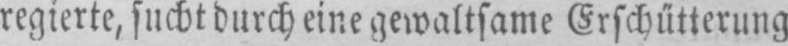
regierte, sucht durch eine gewaltsame Erschütterung